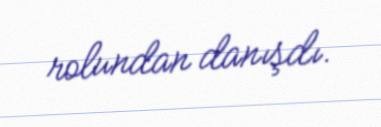
rolundan danışdı.